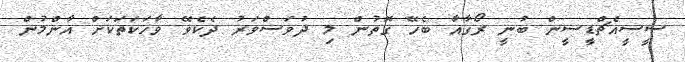
ސީސީއެޗްޑީސީން ބުނީ ރޯގާއާ ބެހޭ ގޮތުން މި ދުވަސްވަރު ދެކެވޭ ވާހަކަތަކަށް އާންމުން